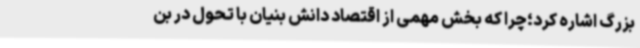
بزرگ اشاره کرد؛چرا که بخش مهمی از اقتصاد دانش بنیان با تحول در بن